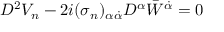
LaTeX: D ^ { 2 } V _ { n } - 2 i ( \sigma _ { n } ) _ { \alpha \dot { \alpha } } D ^ { \alpha } { \bar { W } } ^ { \dot { \alpha } } = 0